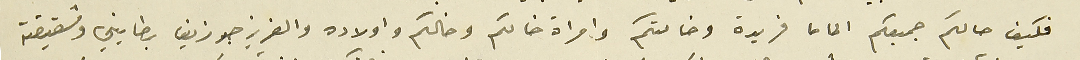
فكيف حالكم جميعكم الماما فريدة وخالتكم وامراة خالكم وخالكم واولاده والعزيز جوزيف بطايني وشقيقتة